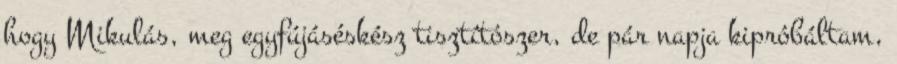
hogy Mikulás, meg egyfújáséskész tisztítószer, de pár napja kipróbáltam,